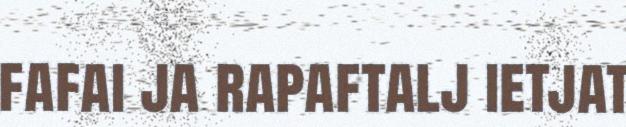
fafai ja rapaftalj ietjat